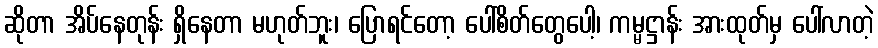
ဆိုတာ အိပ်နေတုန်း ရှိနေတာ မဟုတ်ဘူး၊ ပြောရင်တော့ ပေါ်စိတ်တွေပေါ့၊ ကမ္မဋ္ဌာန်း အားထုတ်မှ ပေါ်လာတဲ့